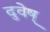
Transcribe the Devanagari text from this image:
दुवेष्